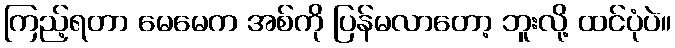
ကြည့်ရတာ မေမေက အစ်ကို ပြန်မလာတော့ ဘူးလို့ ထင်ပုံပဲ။